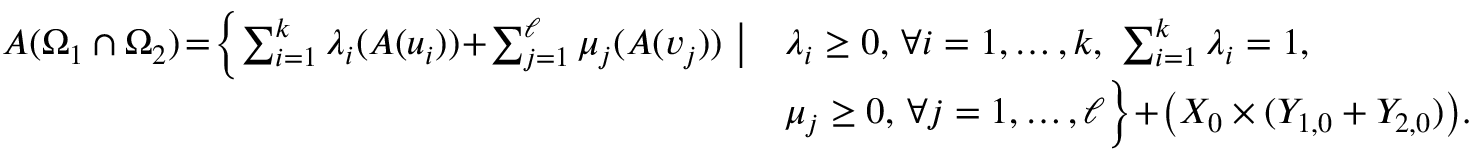
\begin{array} { r } { \begin{array} { l l } { A ( \Omega _ { 1 } \cap \Omega _ { 2 } ) \! = \! \Big \{ \! \sum _ { i = 1 } ^ { k } \lambda _ { i } ( A ( u _ { i } ) ) \! + \! \sum _ { j = 1 } ^ { \ell } \mu _ { j } ( A ( v _ { j } ) ) \ \big | } & { \lambda _ { i } \geq 0 , \, \forall i = 1 , \ldots , k , \ \sum _ { i = 1 } ^ { k } \lambda _ { i } = 1 , } \\ & { \mu _ { j } \geq 0 , \, \forall j = 1 , \ldots , \ell \Big \} \! + \! \big ( X _ { 0 } \times ( Y _ { 1 , 0 } + Y _ { 2 , 0 } ) \big ) . } \end{array} } \end{array}